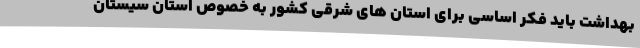
بهداشت باید فکر اساسی برای استان های شرقی کشور به خصوص استان سیستان